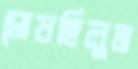
ঘোষছিলুম